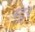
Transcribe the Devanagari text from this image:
स्टुर